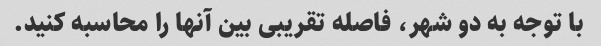
با توجه به دو شهر، فاصله تقریبی بین آنها را محاسبه کنید.